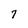
Character: 7